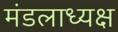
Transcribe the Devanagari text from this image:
मंडलाध्यक्ष